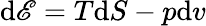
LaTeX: \mathrm{d}\mathscr{E}=T\mathrm{d}S-p\mathrm{d}v